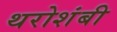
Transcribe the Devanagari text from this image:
थरोशंबी